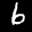
Label: 6